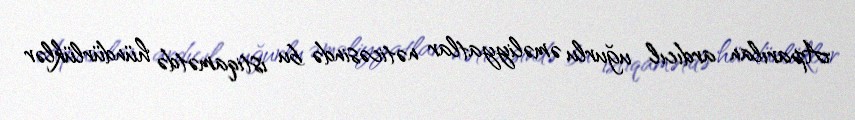
Aparılan ardıcıl uğurlu əməliyyatlar nəticəsində bu istiqamətdə hündürlüklər